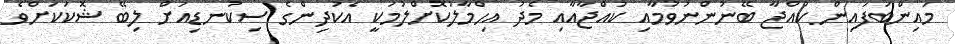
މައިންބަފައިން ކުއްޖާ ބޭނުންނުވުމާއި ކުއްޖާއާއި މެދު އިހްމާލުކޮށްލުމަކީ އެކުދިންގެ ސިކުނޑިއަށް ލިބޭ ޝޮކަކަށްވެ